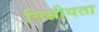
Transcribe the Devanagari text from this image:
निम्नीयता